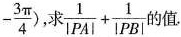
- \frac{3 \pi }{4}),求$$\frac{1}{|PA|}+ \frac{1}{|PB|}$$ 的值.